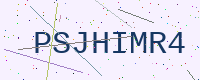
Text: PSJHIMR4